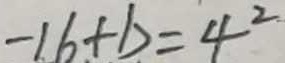
- 1 6 + b = 4 ^ { 2 }